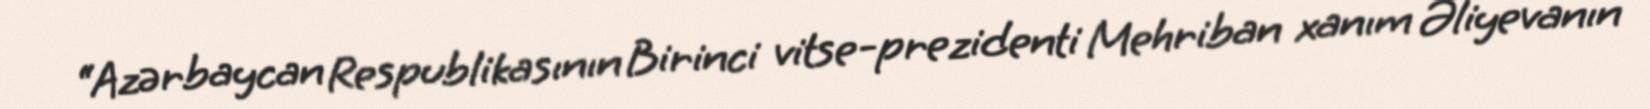
“Azərbaycan Respublikasının Birinci vitse-prezidenti Mehriban xanım Əliyevanın